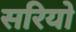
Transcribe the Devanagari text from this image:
सरियो